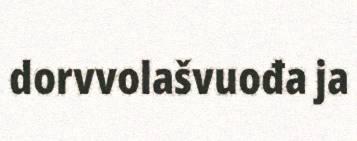
dorvvolašvuođa ja